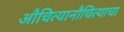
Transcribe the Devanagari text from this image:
औचित्यानौचित्याचा